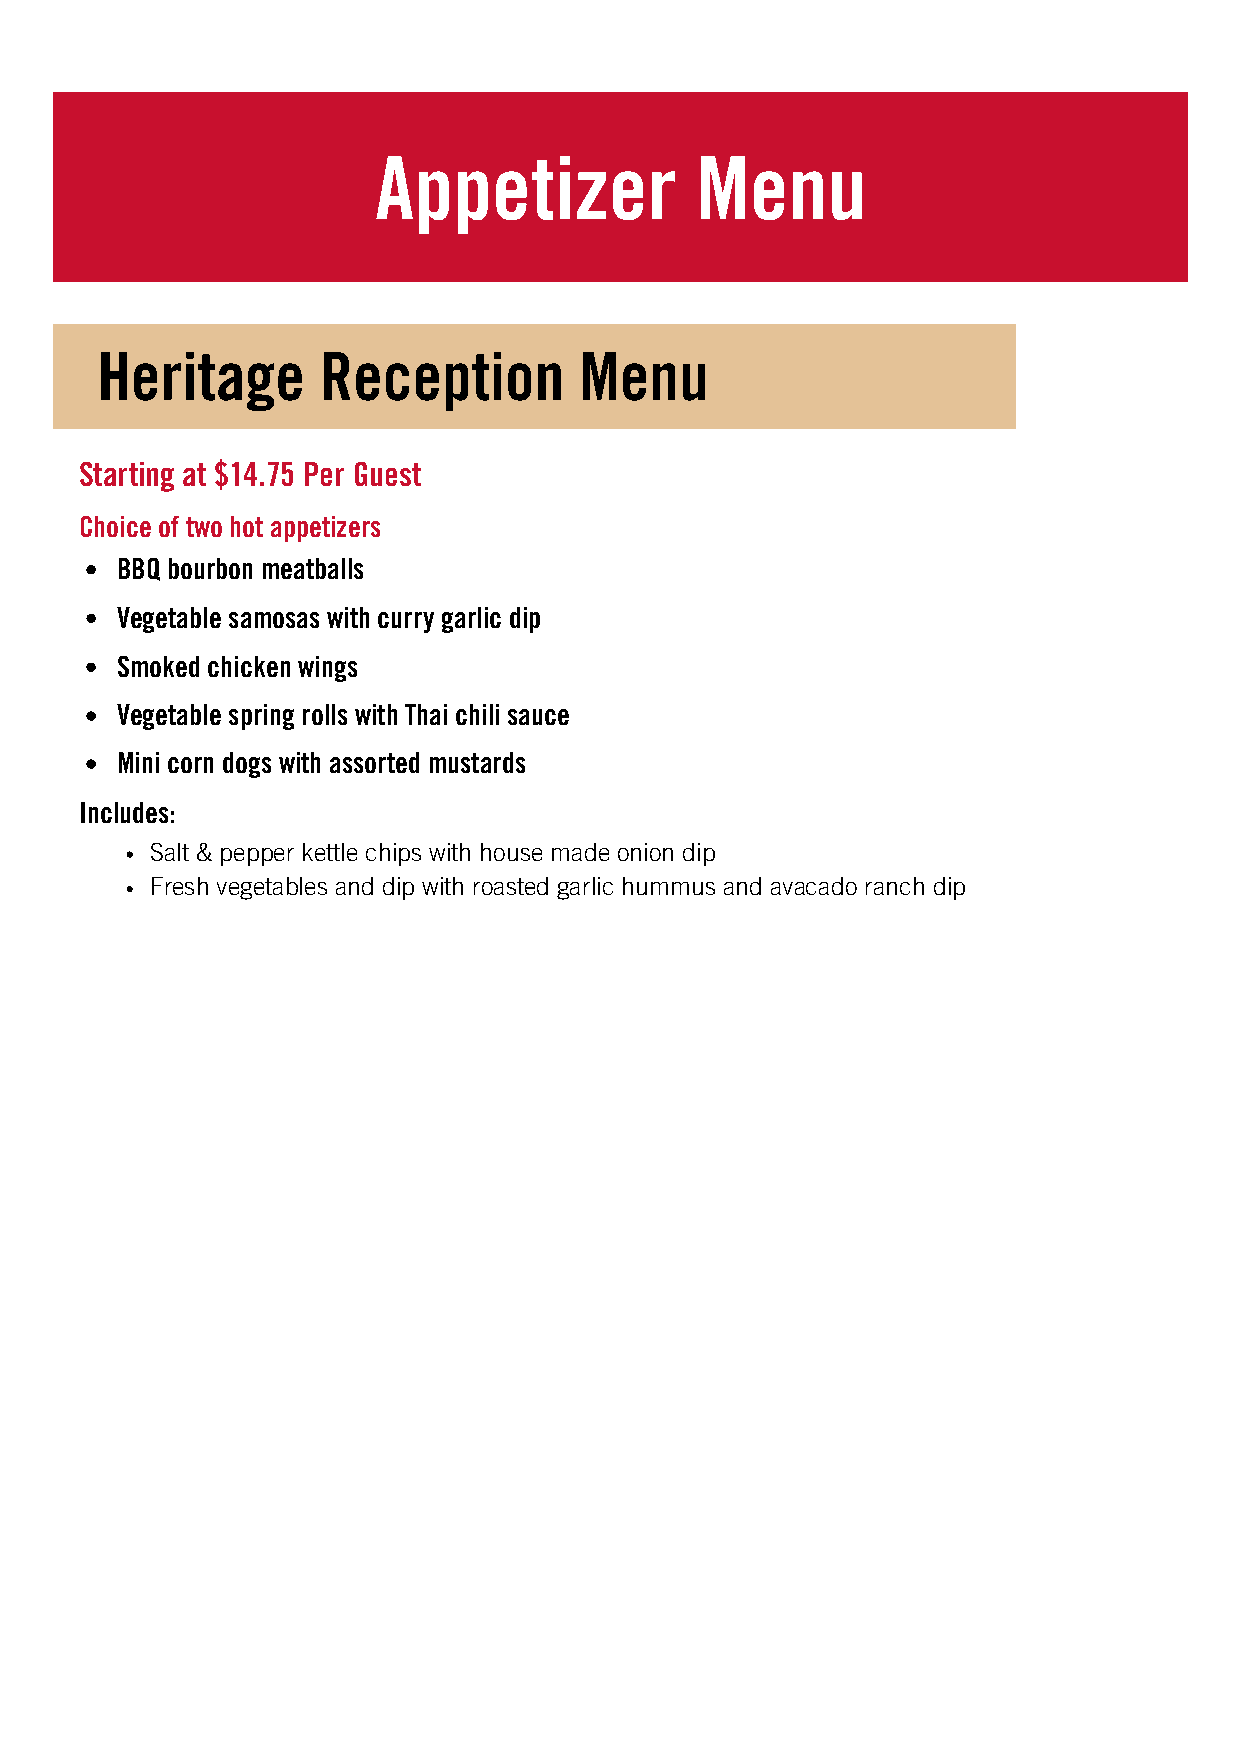
Appetizer            Menu
 Heritage       Reception        Menu
 Starting at $14.75 Per Guest
 Choice of two hot appetizers
 BBQ bourbon meatballs
 Vegetable samosas with curry garlic dip
 Smoked chicken wings
 Vegetable spring rolls with Thai chili sauce
 Mini corn dogs with assorted mustards
 Includes:
 Salt & pepper kettle chips with house made onion dip
 Fresh vegetables and dip with roasted garlic hummus and avacado ranch dip